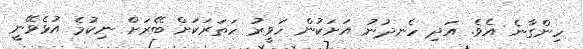
ހިންގާނެ އެވެ. އަދި ހެނދުނު އަށަކުން ހަވީރު ހަތަރަކަށް ބޭރަށް ނިކުމެ އުޅެވޭނީ